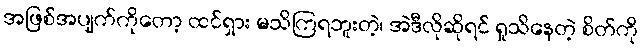
အဖြစ်အပျက်ကိုတော့ ထင်ရှား မသိကြရဘူးတဲ့၊ အဲဒီလိုဆိုရင် ရှုသိနေတဲ့ စိတ်ကို